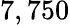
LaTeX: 7,750